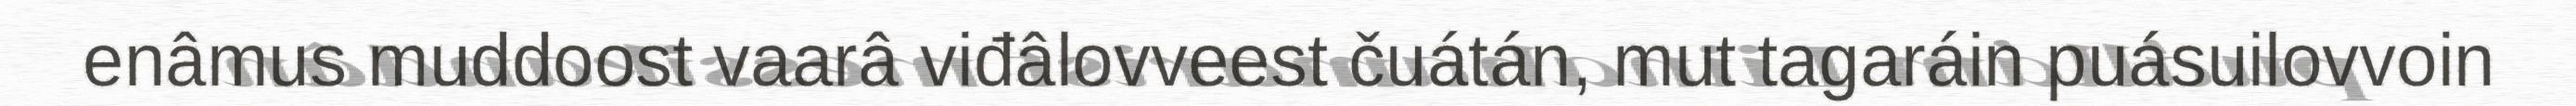
enâmus muddoost vaarâ viđâlovveest čuátán, mut tagaráin puásuilovvoin